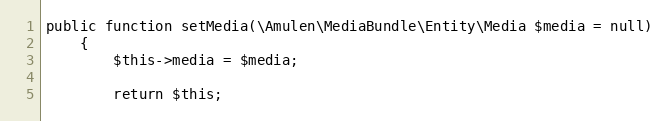
Language: PHP
public function setMedia(\Amulen\MediaBundle\Entity\Media $media = null)
    {
        $this->media = $media;

        return $this;